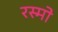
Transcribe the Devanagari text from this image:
रस्मो